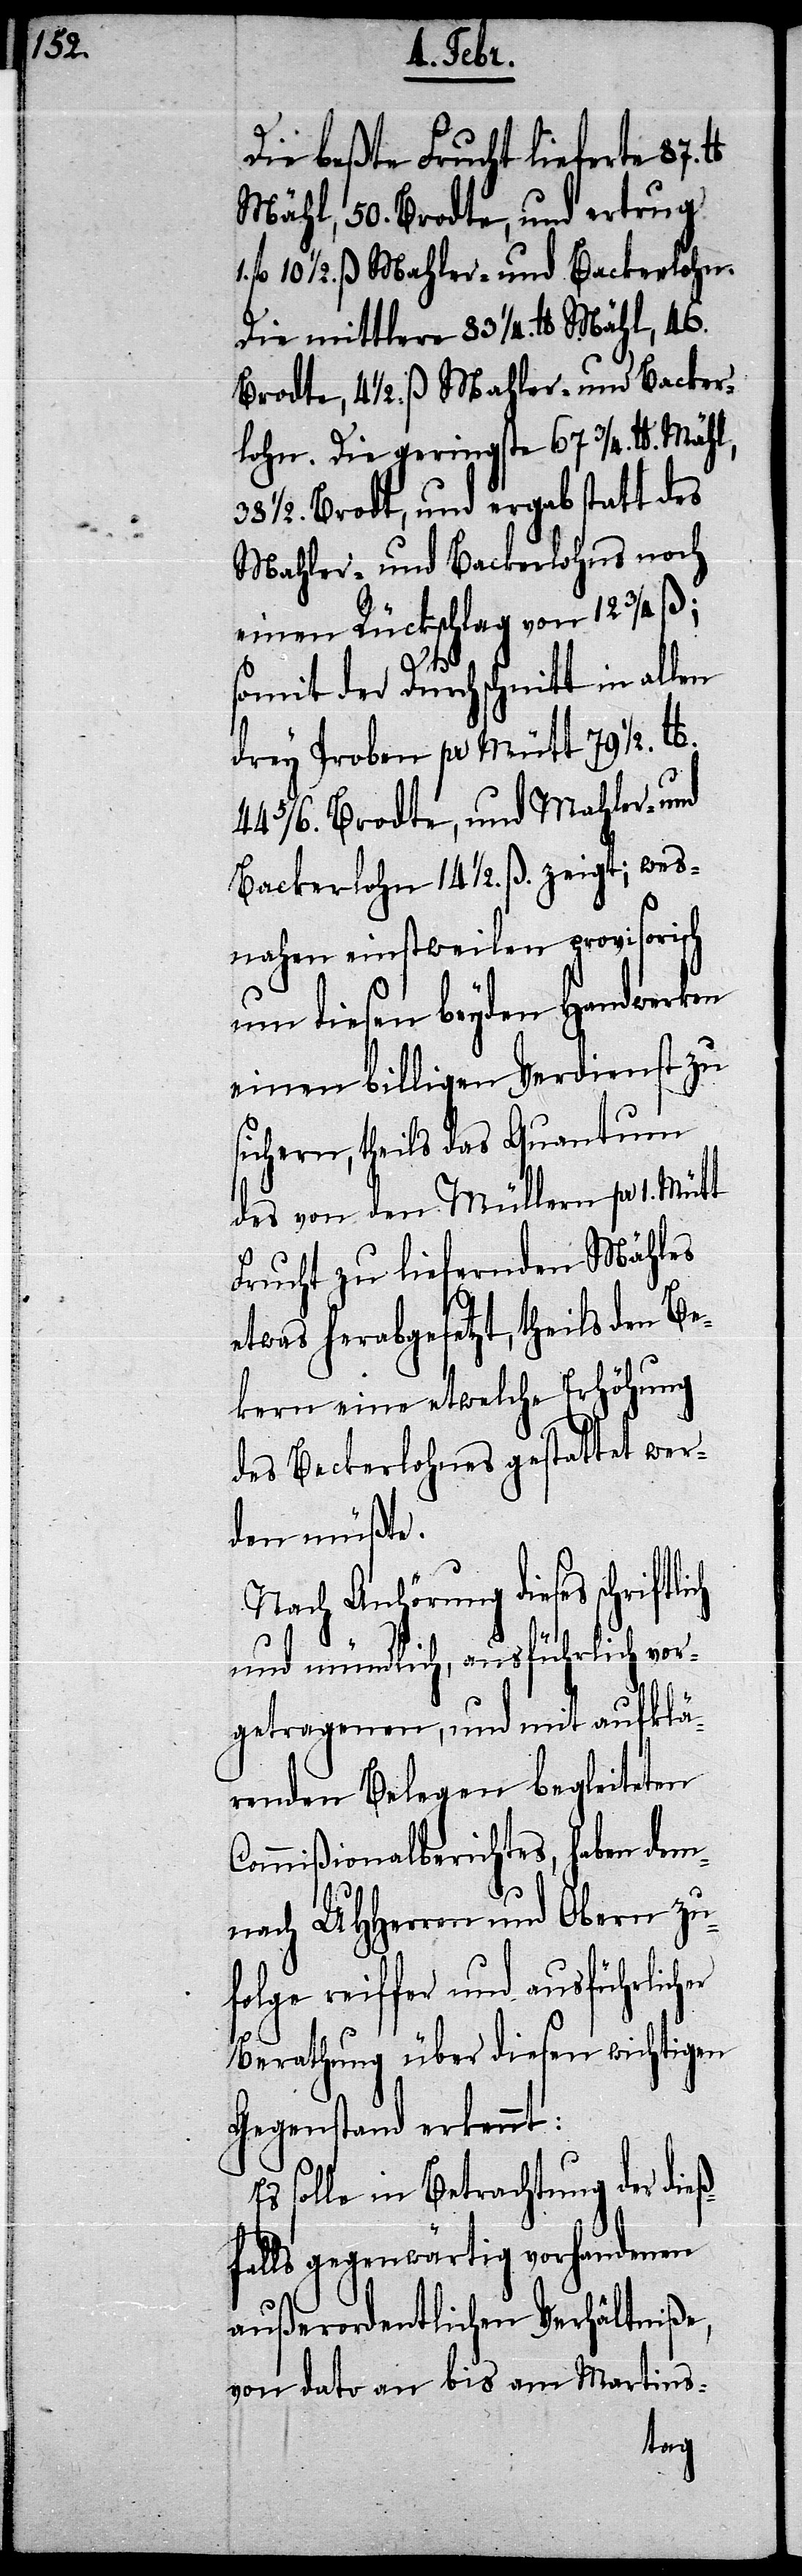
Die beßte Frucht lieferte 87.
Mähl, 50. Brodte, und ertrug
10 1/2 ß. Mahler- und Backerlohn.
Die mittlere 83 1/4. lb Mähl, 46.
Brodte, 4 1/2. ß. Mahler- und Backer¬
lohn. Die geringste 67 3/4. lb. Mähl,
38 1/2. Brodt, und ergab statt des
Mahler- und Backerlohns noch
einen Rückschlag von 12 3/4 ß;
ich
somit der Durchschnitt in allen
drey Proben pr Mütt 79 1/2. lb.
44 5/6. Brodte, und Mahler- und
Backerlohn 14 1/2. ß. zeigt; wes¬
nahen einstweilen provisorisch
um diesen beyden Handwerken
einen billigen Verdienst zu
sichern, theils das Quantum
des von den Müllern pr 1. Mütt
Frucht zu liefernden Mähles
etwas herabgesetzt, theils den Be¬
kern eine etwelche Erhöhung
des Beckerlohnes gestattet wer¬
den müßte.
Nach Anhörung dieses schriftl¬
und mündlich, ausführlich vor¬
getragenen, und mit aufklä¬
renden Belegen begleiteten
Commißionalberichtes, haben de¬
mnach UHHerren und Obern zu¬
folge reiffer und ausführlicher
Berathung über diesen wichtigen
Gegenstand erkennt:
Es solle in Betrachtung der die¬
ßfalls gegenwärtig vorhandenen
außerordentlichen Verhältniße,
von dato an bis am Martins-